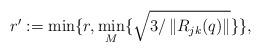
LaTeX: \begin{align*}r^{\prime}:=\min\{r,\min_{M}\{\sqrt{3/\left\Vert R_{jk}(q)\right\Vert }\}\},\end{align*}